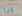
يبدو